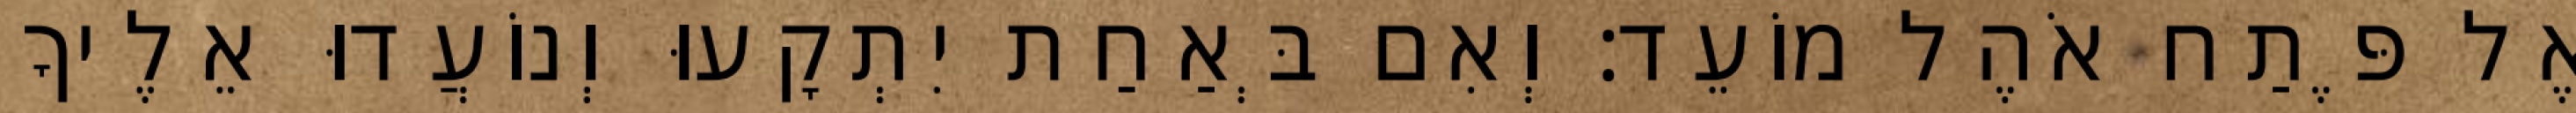
אֶל פֶּתַח אֹהֶל מוֹעֵד׃ וְאִם בְּאַחַת יִתְקָעוּ וְנוֹעֲדוּ אֵלֶיךָ